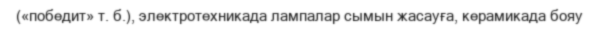
(«победит» т. б.), электротехникада лампалар сымын жасауға, керамикада бояу